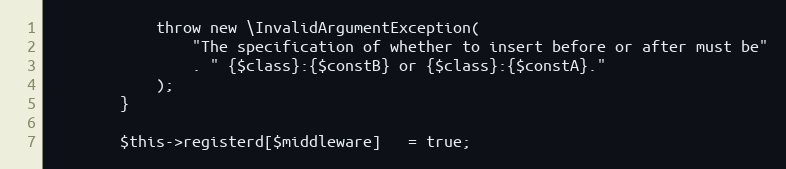
Language: PHP
            throw new \InvalidArgumentException(
                "The specification of whether to insert before or after must be"
                . " {$class}:{$constB} or {$class}:{$constA}."
            );
        }

        $this->registerd[$middleware]   = true;